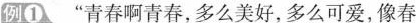
例①、”青春啊青春，多么美好，多么可爱，像春